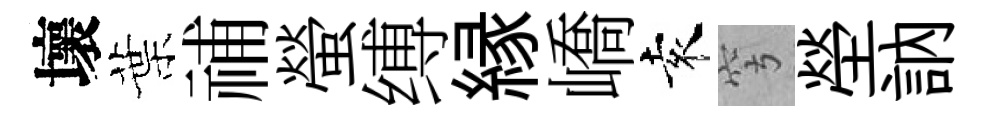
壞葉𥙷螢缚縁嶠袁穹塋訥